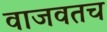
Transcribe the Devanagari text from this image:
वाजवतच